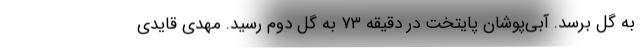
به گل برسد. آبی‌پوشان پایتخت در دقیقه ۷۳ به گل دوم رسید. مهدی قایدی